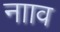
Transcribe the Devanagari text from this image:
नााव